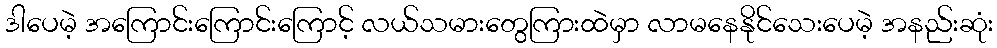
ဒါပေမဲ့ အကြောင်းကြောင်းကြောင့် လယ်သမားတွေကြားထဲမှာ လာမနေနိုင်သေးပေမဲ့ အနည်းဆုံး